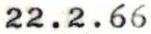
22.2.66